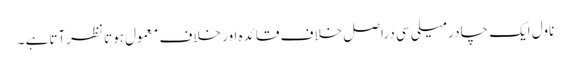
ناول ایک چادر میلی سی دراصل خلافِ قائدہ اور خلاف معمول ہوتا نظرآتاہے ۔